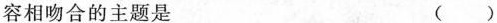
容相吻合的主题是 ()